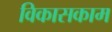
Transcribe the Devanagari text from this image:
विकासकाम